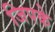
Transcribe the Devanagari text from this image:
जिपके